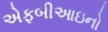
એફબીઆઇનો